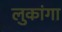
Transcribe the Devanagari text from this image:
लुकांगा